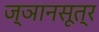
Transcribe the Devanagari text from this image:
ज्ञानसूत्र